Annual report of the Punjab Veterinary College and of the Civil Veterinary Department, Punjab - 1926-1932
Year: 1926
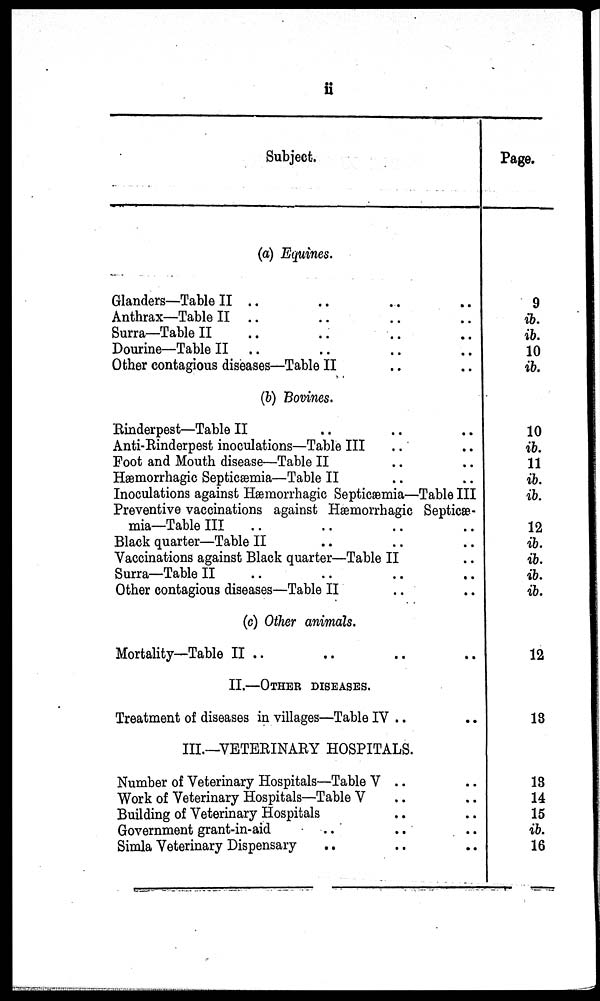
ii
Subject.
(a) Equines.
Glanders—Table II .. .. .. ..
Anthrax—Table II .. .. .. ..
Surra—Table II .. .. .. ..
Dourine—Table II .. .. .. ..
Other contagious diseases—Table II .. ..
(b) Bovines.
Rinderpest—Table II .. .. ..
Anti-Rinderpest inoculations—Table III .. ..
Foot and Mouth disease—Table II .. ..
Hæmorrhagic Septicæmia—Table II .. ..
Inoculations against Hæmorrhagic Septicæmia—Table III
Preventive vaccinations against Hæmorrhagic Septicæ-
mia—Table III .. .. .. ..
Black quarter—Table II .. .. ..
Vaccinations against Black quarter—Table II ..
Surra—Table II .. .. ..
Other contagious diseases—Table II ..
(c) Other animals.
Mortality—Table II .. .. ..
II.—OTHER DISEASES.
Treatment of diseases in villages—Table IV .. ..
III.—VETERINARY HOSPITALS.
Number of Veterinary Hospitals—Table V .. ..
Work of Veterinary Hospitals—Table V .. ..
Building of Veterinary Hospitals .. ..
Government grant-in-aid
..
..
..
Simla Veterinary Dispensary .. .. ..
Page.
9
ib.
ib.
10
ib.
10
ib.
11
ib.
ib.
12
ib.
ib.
ib.
ib.
12
13
13
14
15
ib.
16